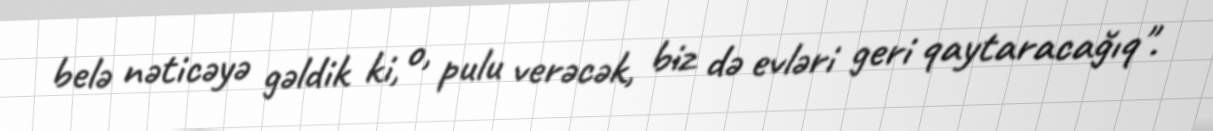
belə nəticəyə gəldik ki, o, pulu verəcək, biz də evləri geri qaytaracağıq".